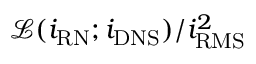
\mathcal { L } ( { i } _ { \mathrm { R N } } ; { i } _ { \mathrm { D N S } } ) / i _ { \mathrm { R M S } } ^ { 2 }